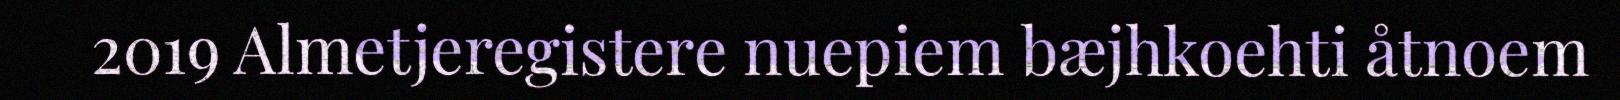
2019 Almetjeregistere nuepiem bæjhkoehti åtnoem